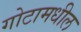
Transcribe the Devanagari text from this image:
गोटामधील